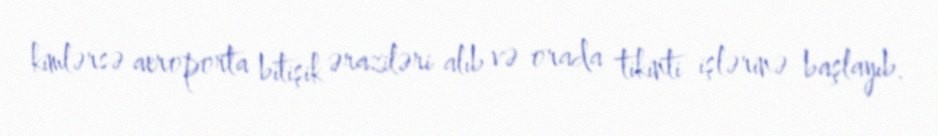
kimlərsə aeroporta bitişik əraziləri alıb və orada tikinti işlərinə başlayıb.